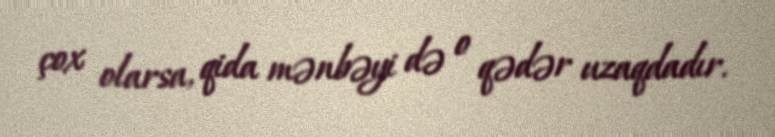
çox olarsa, qida mənbəyi də o qədər uzaqdadır.